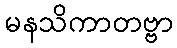
မနသိကာတဗ္ဗာ